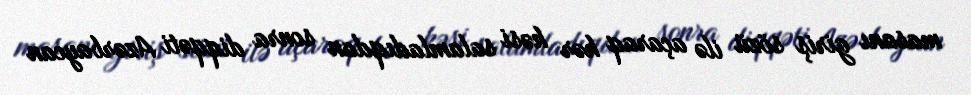
masanı giriş sözü ilə açaraq hər kəsi salamladıqdan sonra diqqəti Azərbaycan